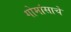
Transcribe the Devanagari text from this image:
गोमांसाचे